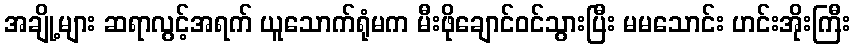
အချို့များ ဆရာလွင့်အရက် ယူသောက်ရုံမက မီးဖိုချောင်ဝင်သွားပြီး မမသောင်း ဟင်းအိုးကြီး